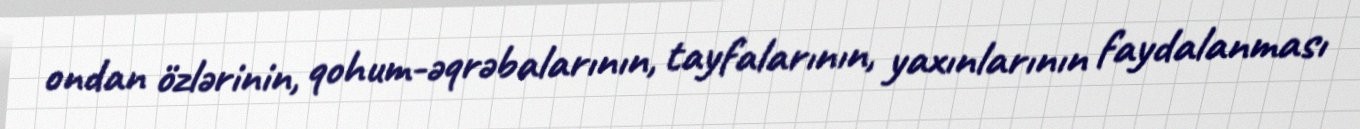
ondan özlərinin, qohum-əqrəbalarının, tayfalarının, yaxınlarının faydalanması